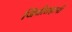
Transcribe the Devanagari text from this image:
जिवीतहानी